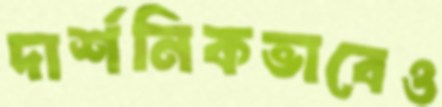
দার্শনিকভাবেও